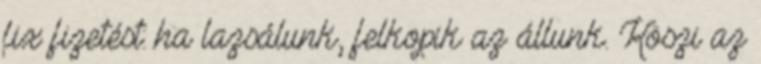
fix fizetést: ha lazsálunk, felkopik az állunk. Köszi az